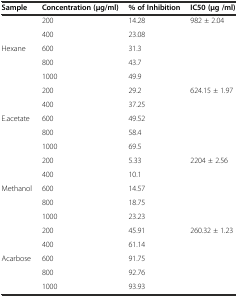
| Sample | Concentration (μg/ml) | % of Inhibition | IC50 (μg /ml) |
 | --- | --- | --- | --- |
 |  | 200 | 14.28 | 982 ± 2.04 |
 |  | 400 | 23.08 |  |
 | Hexane | 600 | 31.3 |  |
 |  | 800 | 43.7 |  |
 |  | 1000 | 49.9 |  |
 |  | 200 | 29.2 | 624.15 ± 1.97 |
 |  | 400 | 37.25 |  |
 | E.acetate | 600 | 49.52 |  |
 |  | 800 | 58.4 |  |
 |  | 1000 | 69.5 |  |
 |  | 200 | 5.33 | 2204 ± 2.56 |
 |  | 400 | 10.1 |  |
 | Methanol | 600 | 14.57 |  |
 |  | 800 | 18.75 |  |
 |  | 1000 | 23.23 |  |
 |  | 200 | 45.91 | 260.32 ± 1.23 |
 |  | 400 | 61.14 |  |
 | Acarbose | 600 | 91.75 |  |
 |  | 800 | 92.76 |  |
 |  | 1000 | 93.93 |  |